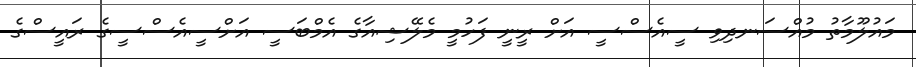
މައުލޫމާތު މުއްސަނދިވި ސީއެސްސީ އަށް ރީނީ ފަހުމީ މެލޭޝިއާގެ އެމްބަސީ އަށްސީއެސްސީގެ ރައީސްގެ